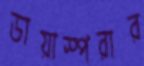
ডায়াস্পরার